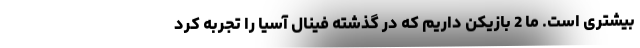
بیشتری است. ما 2 بازیکن داریم که در گذشته فینال آسیا را تجربه کرد